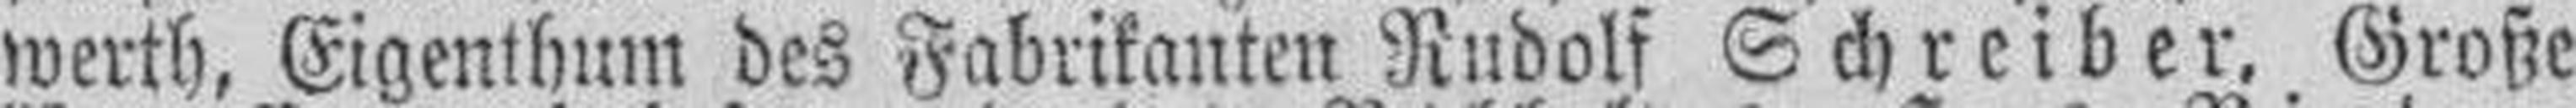
werth, Eigenthum des Fabrikanten Rudolf Schreiber. Große